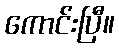
ကောင်းပြီ။